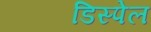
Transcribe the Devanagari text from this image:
डिस्पेल